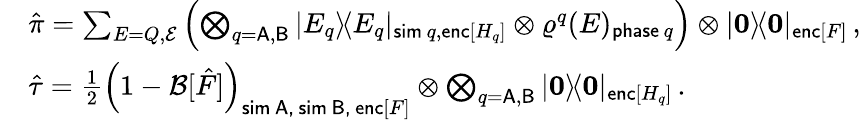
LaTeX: \begin{array}{rl}&{\hat{\pi}=\sum_{E=Q,\mathcal{E}}\left(\bigotimes_{q=\mathsf{A},\mathsf{B}}|E_{q}\rangle\! \langle E_{q}|_{\mathsf{sim}\, q,\mathsf{enc}[H_{q}]}\otimes\varrho^{q}(E)_{\mathsf{phase}\, q}\right)\otimes|\boldsymbol{0}\rangle\! \langle\boldsymbol{0}|_{\mathsf{enc}[F]}\, ,}\\ &{\hat{\tau}=\frac{1}{2}\left(1-\mathcal{B}[\hat{F}]\right)_{\mathsf{sim\, A,\, sim\, B,\, enc}[F]}\otimes\bigotimes_{q=\mathsf{A},\mathsf{B}}|\boldsymbol{0}\rangle\! \langle\boldsymbol{0}|_{\mathsf{enc}[H_{q}]}\, .}\end{array}